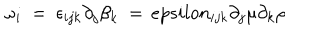
\omega _ { i } \ = \ \epsilon _ { i j k } \partial _ { j } \beta _ { k } \ = \, e p s i l o n _ { i j k } \partial _ { j } \mu \partial _ { k } \rho